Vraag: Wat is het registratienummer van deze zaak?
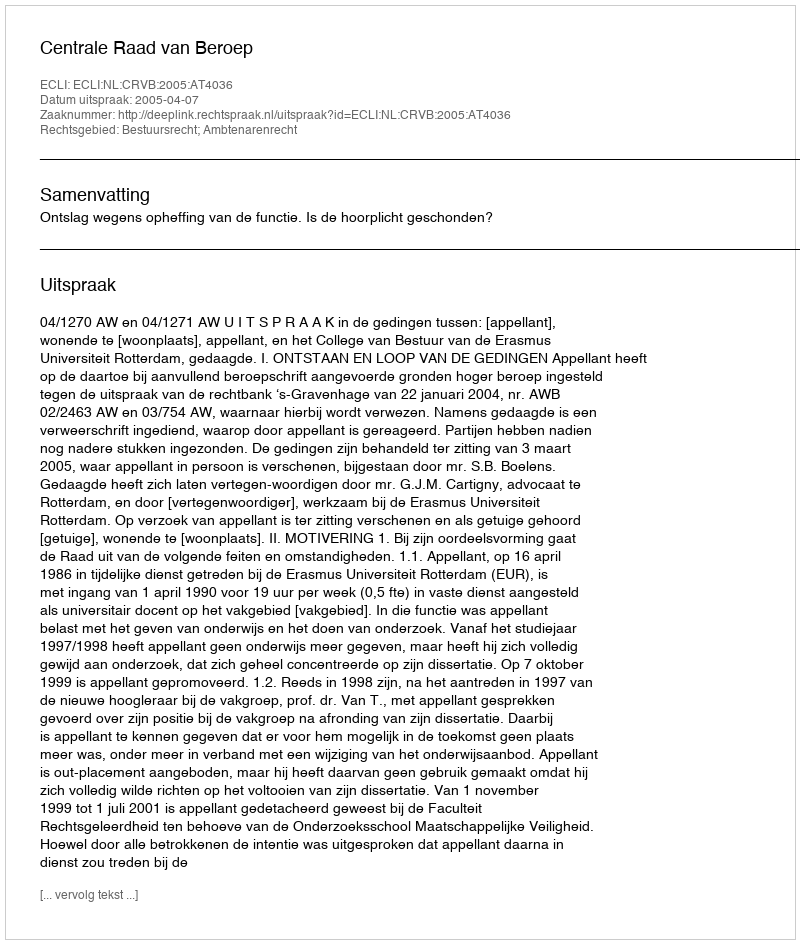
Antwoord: http://deeplink.rechtspraak.nl/uitspraak?id=ECLI:NL:CRVB:2005:AT4036